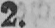
2.